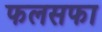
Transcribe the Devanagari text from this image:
फलसफा